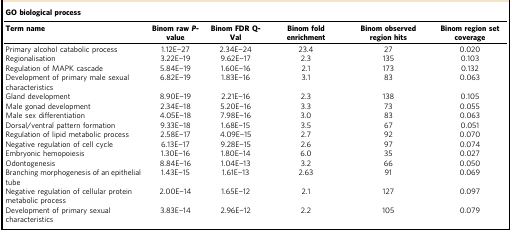
| <COLSPAN=6> GO biological process |
 | Term name | Binom raw P-value | Binom FDR Q-Val | Binom fold enrichment | Binom observed region hits | Binom region set coverage |
 | --- | --- | --- | --- | --- | --- |
 | Primary alcohol catabolic process | 1.12E−27 | 2.34E−24 | 23.4 | 27 | 0.020 |
 | Regionalisation | 3.22E−19 | 9.62E−17 | 2.3 | 135 | 0.103 |
 | Regulation of MAPK cascade | 5.84E−19 | 1.60E−16 | 2.1 | 173 | 0.132 |
 | Development of primary male sexual characteristics | 6.82E−19 | 1.83E−16 | 3.1 | 83 | 0.063 |
 | Gland development | 8.90E−19 | 2.21E−16 | 2.3 | 138 | 0.105 |
 | Male gonad development | 2.34E−18 | 5.20E−16 | 3.3 | 73 | 0.055 |
 | Male sex differentiation | 4.05E−18 | 7.98E−16 | 3.0 | 83 | 0.063 |
 | Dorsal/ventral pattern formation | 9.33E−18 | 1.68E−15 | 3.5 | 67 | 0.051 |
 | Regulation of lipid metabolic process | 2.58E−17 | 4.09E−15 | 2.7 | 92 | 0.070 |
 | Negative regulation of cell cycle | 6.13E−17 | 9.28E−15 | 2.6 | 97 | 0.074 |
 | Embryonic hemopoiesis | 1.30E−16 | 1.80E−14 | 6.0 | 35 | 0.027 |
 | Odontogenesis | 8.84E−16 | 1.04E−13 | 3.2 | 66 | 0.050 |
 | Branching morphogenesis of an epithelial tube | 1.43E−15 | 1.61E−13 | 2.63 | 91 | 0.069 |
 | Negative regulation of cellular protein metabolic process | 2.00E−14 | 1.65E−12 | 2.1 | 127 | 0.097 |
 | Development of primary sexual characteristics | 3.83E−14 | 2.96E−12 | 2.2 | 105 | 0.079 |